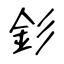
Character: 釤